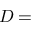
D =